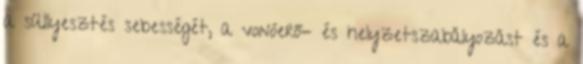
a süllyesztés sebességét, a vonóerő- és helyzetszabályozást és a